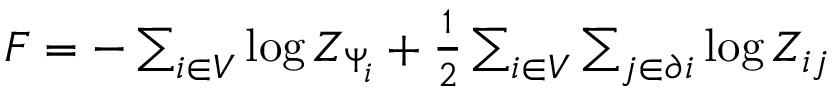
\begin{array} { r } { \begin{array} { r } { F = - \sum _ { i \in V } \log Z _ { \Psi _ { i } } + \frac { 1 } { 2 } \sum _ { i \in V } \sum _ { j \in \partial i } \log Z _ { i j } } \end{array} } \end{array}